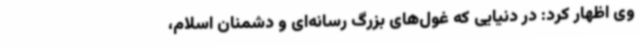
وی اظهار کرد: در دنیایی که غول‌های بزرگ رسانه‌ای و دشمنان اسلام،